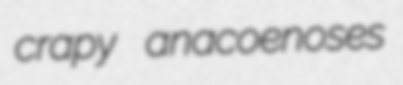
crapy anacoenoses